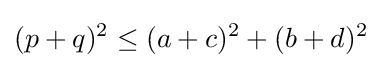
(p+q)^{2}\leq (a+c)^{2}+(b+d)^{2}